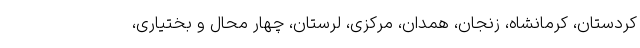
کردستان، کرمانشاه، زنجان، همدان، مرکزی، لرستان، چهار محال و بختیاری،